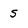
Character: s